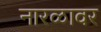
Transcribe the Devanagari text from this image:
नारळावर